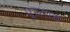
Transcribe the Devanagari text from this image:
पुरताच